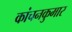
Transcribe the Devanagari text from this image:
कांचनकुमार